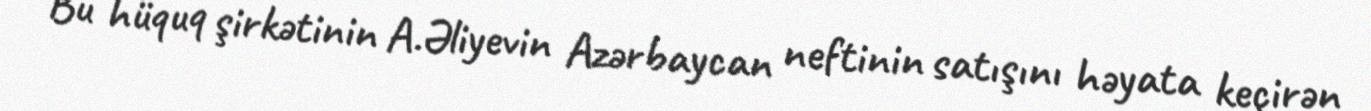
Bu hüquq şirkətinin A.Əliyevin Azərbaycan neftinin satışını həyata keçirən